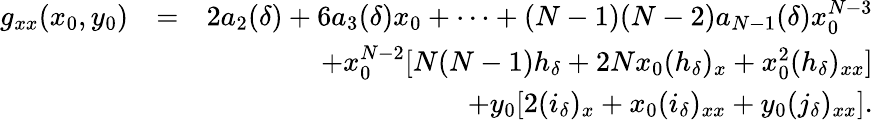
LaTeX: \begin{array}{rlr}{g_{xx}(x_{0},y_{0})}&{=}&{2a_{2}(\delta)+6a_{3}(\delta)x_{0}+\cdots+(N-1)(N-2)a_{N-1}(\delta)x_{0}^{N-3}}\\ &{}&{+x_{0}^{N-2}[N(N-1)h_{\delta}+2Nx_{0}(h_{\delta})_{x}+x_{0}^{2}(h_{\delta})_{xx}]}\\ &{}&{+y_{0}[2(i_{\delta})_{x}+x_{0}(i_{\delta})_{xx}+y_{0}(j_{\delta})_{xx}].}\end{array}